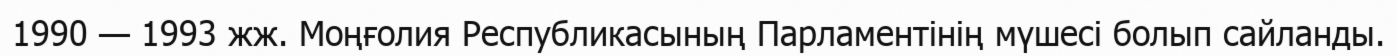
1990 — 1993 жж. Моңғолия Республикасының Парламентінің мүшесі болып сайланды.